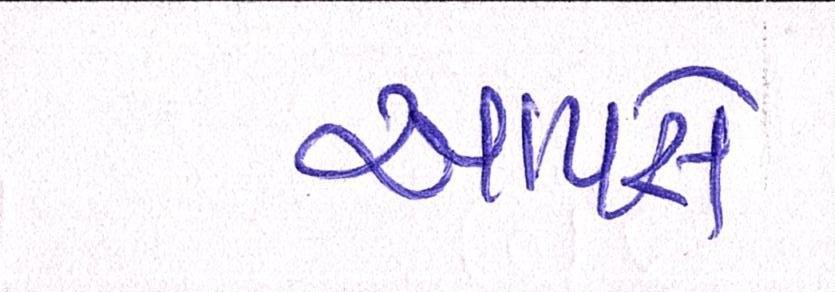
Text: આપસે